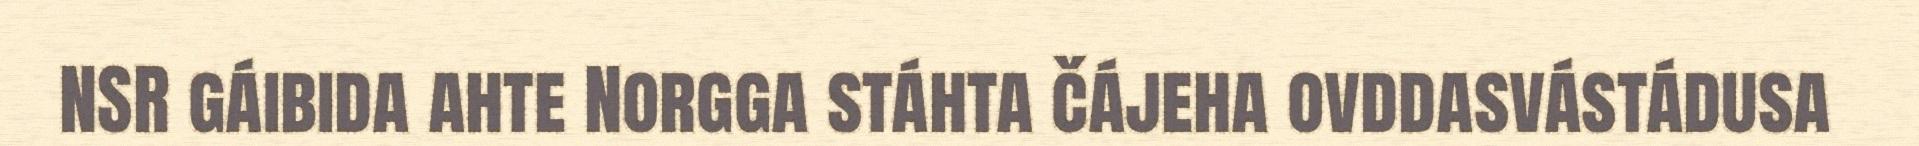
NSR gáibida ahte Norgga stáhta čájeha ovddasvástádusa